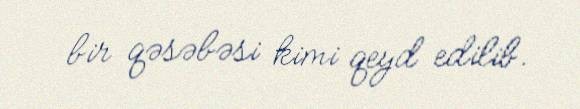
bir qəsəbəsi kimi qeyd edilib.